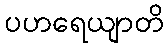
ပဟရေယျာတိ